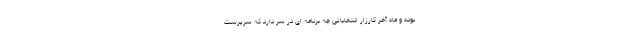
بوده و ماه آخر کارزار انتخاباتی چه برنامه ای در سر دارد که سرپرست